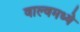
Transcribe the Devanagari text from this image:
वाल्वमध्ये